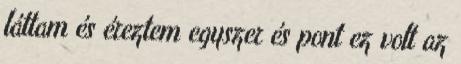
láttam és éreztem egyszer és pont ez volt az